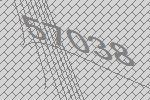
57038